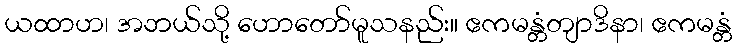
ယထာဟ၊ အဘယ်သို့ ဟောတော်မူသနည်း။ ဧကမန္တံတျာဒိနာ၊ ဧကမန္တံ